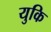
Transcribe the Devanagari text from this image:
युकि